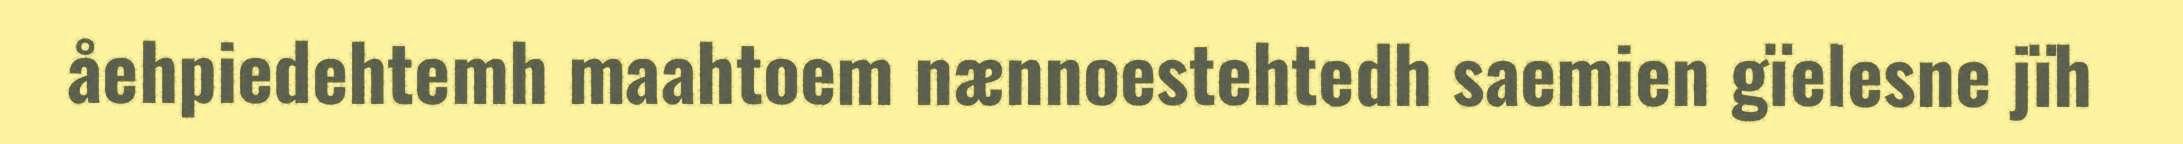
åehpiedehtemh maahtoem nænnoestehtedh saemien gïelesne jïh